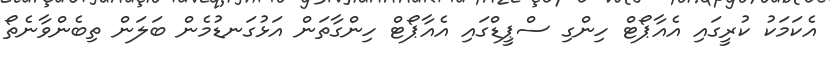
އެކަމަކު ކުރީގައި އެއާޕޯޓް ހިންގި ސްޕީޑްގައި އެއާޕޯޓް ހިންގާތަން އަޅުގަނޑުމެން ބަލަން ތިބެންވާނެތޯ